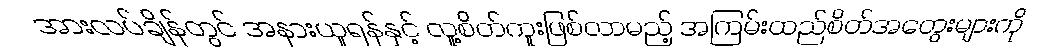
အားလပ်ချိန်တွင် အနားယူရန်နှင့် လူ့စိတ်ကူးဖြစ်လာမည့် အကြမ်းထည်စိတ်အတွေးများကို